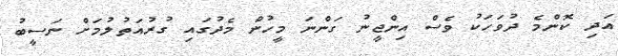
އަދި ކޮންމެ ދުވަހަކު ވެސް އިންޖީނު ގަންނަ މީހުން މެދުގައި ގުރުއަތުލުމަށް ނަސީބު